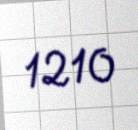
1210